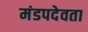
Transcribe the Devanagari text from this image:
मंडपदेवता